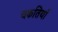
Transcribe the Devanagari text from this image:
चकतियाँ